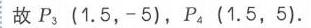
故\(P_3(1.5, - 5)\)，\(P_4(1.5,5)\).